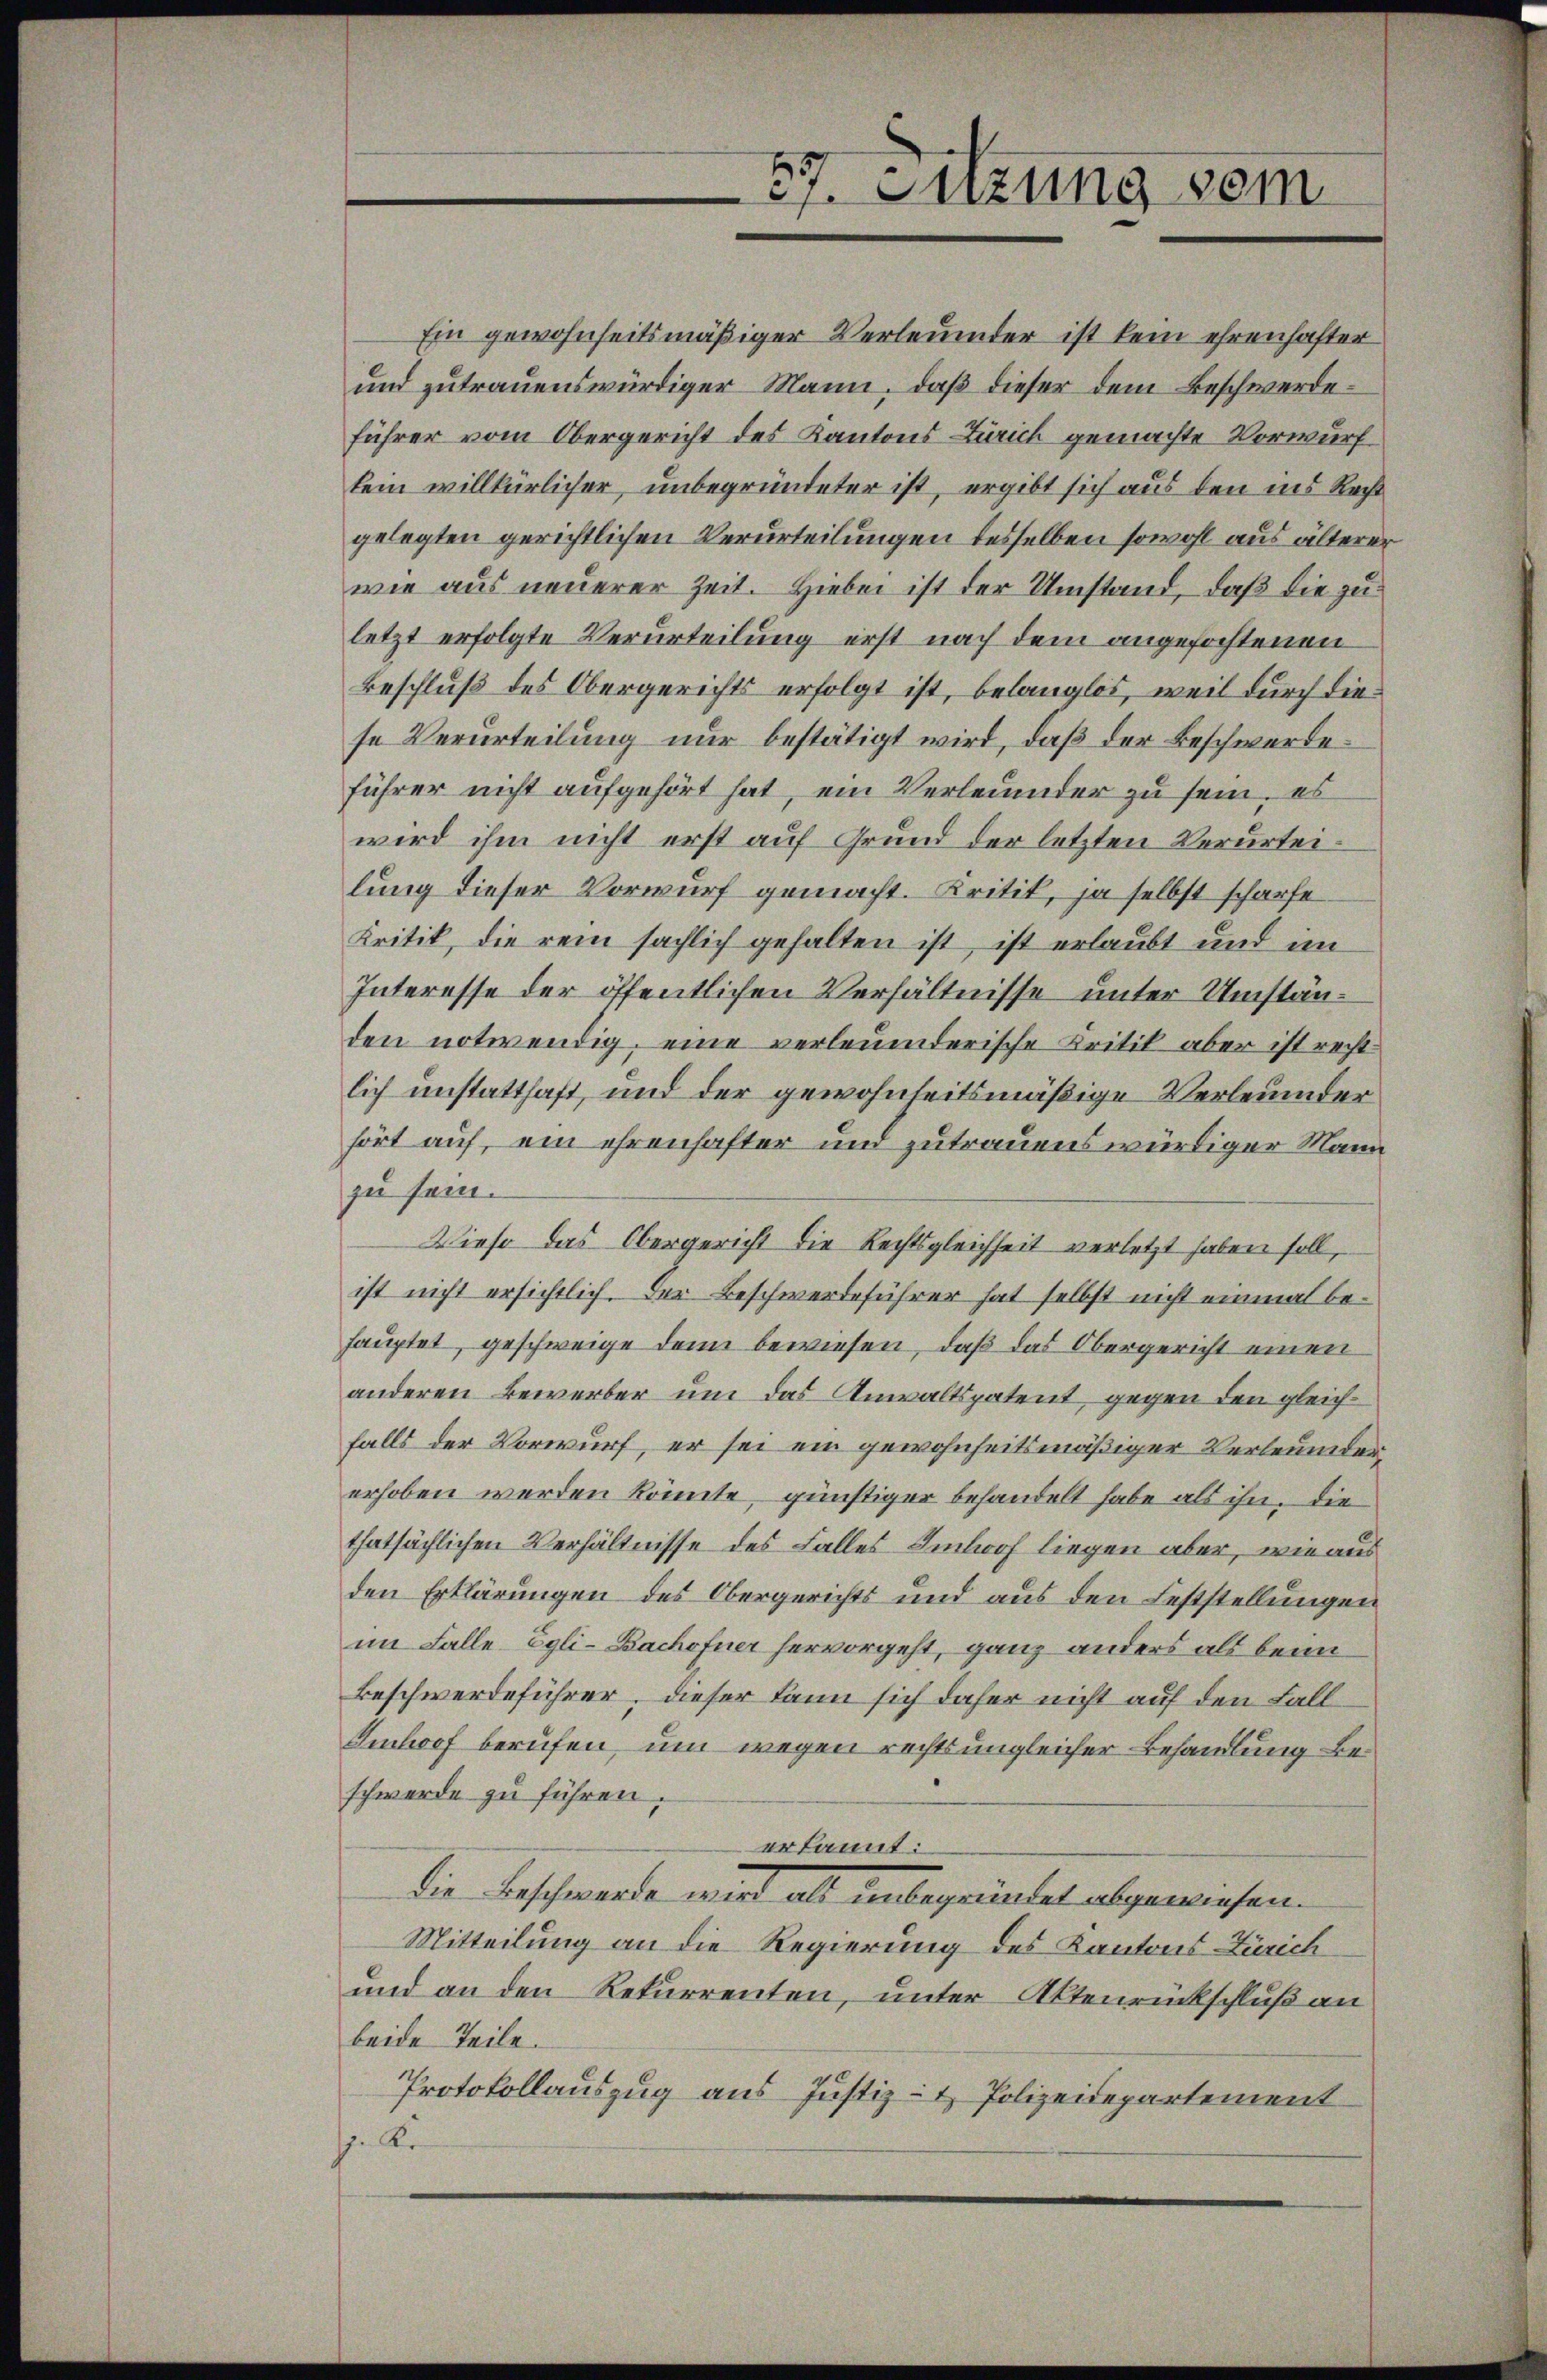
57. Sitzung vom

Ein gewohnheitsmäßiger Verleumder ist kein ehrenhafter
und zutrauenswürdiger Mann, daß dieser dem Beschwerdeführer vom Obergericht des Kantons Zürich gemachte Vorwurf
kein willkürlicher, unbegründeter ist, ergibt sich aus den ins Recht
gelegten gerichtlichen Verurteilungen desselben sowohl aus älterer
wie aus neuerer Zeit. Hiebei ist der Umstand, daß die zu
letzt erfolgte Verurteilung erst nach dem angefochtenen
Beschluß des Obergerichts erfolgt ist, belanglos, weil durch diese Verurteilung nur bestätigt wird, daß der Beschwerdeführer nicht aufgehört hat, ein Verleumder zu sein, es
wird ihm nicht erst auf Grund der letzten Verurteilung dieser Vorwurf gemacht. Kritik, ja selbst scharfe
Kritik, die rein sächlich gehalten ist, ist erlaubt und im
Interesse der öffentlichen Verhältnisse unter Umständen notwendig, eine verleumderische Kritik aber ist recht
lich unstatthaft, und der gewohnheitsmäßige Verleumder
hört auf, ein ehrenhafter und zutrauens würdiger Mann
zu sein.
Wieso das Obergericht die Rechtsgleichheit verletzt haben soll,
ist nicht ersichtlich. Der Beschwerdeführer hat selbst nicht einmal behauptet, geschweige denn bewiesen, daß das Obergericht einen
anderen Bewerber um das Anwaltspatent, gegen den gleichfalls der Vorwurf, er sei ein gewohnheitsmäßiger Verleumdererhoben werden könnte, günstiger behandelt habe als ihn, die
thatsächlichen Verhältnisse des Falles Imhof liegen aber, wie aus
den Erklärungen des Obergerichts und aus den Feststellungen
im Falle Egli-Bachofner hervorgeht, ganz anders als beim
Beschwerdeführer, dieser kann sich daher nicht auf den Fall¬
Imhof berufen, um wegen rechts ungleicher Behandlung beschwerde zu führen.
erkannt:
die Beschwerde wird als unbegründet abgewiesen.
Mitteilung an die Regierung des Kantons Zürich
und an den Rekurrenten, unter Aktenrückschluß an
beide Teile.
Protokollauszug aus Justiz- & Polizeidepartement
J Kr